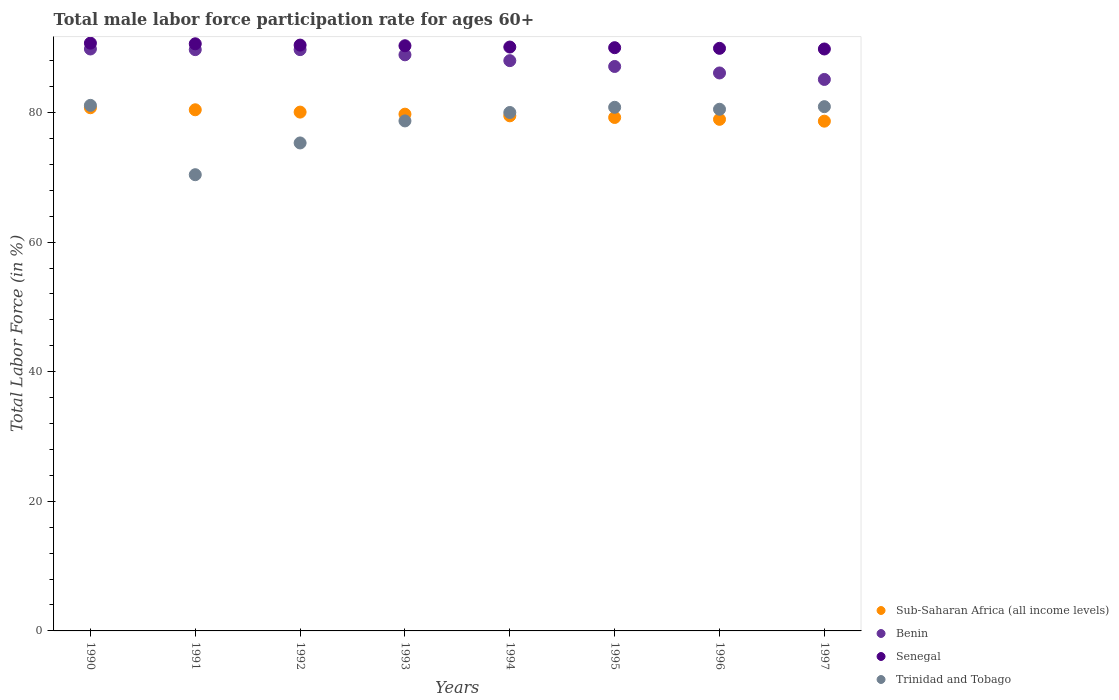
| Years | Sub-Saharan Africa (all income levels) | Benin | Senegal | Trinidad and Tobago |
 | --- | --- | --- | --- | --- |
 | 1990 | 80.7 | 89.8 | 90.7 | 81.1 |
 | 1991 | 80.4 | 89.7 | 90.6 | 70.4 |
 | 1992 | 80.1 | 89.7 | 90.4 | 75.3 |
 | 1993 | 79.7 | 88.9 | 90.3 | 78.7 |
 | 1994 | 79.5 | 88 | 90.1 | 80 |
 | 1995 | 79.2 | 87.1 | 90 | 80.8 |
 | 1996 | 78.9 | 86.1 | 89.9 | 80.5 |
 | 1997 | 78.7 | 85.1 | 89.8 | 80.9 |